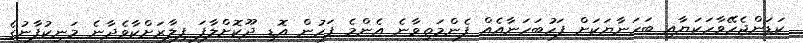
ކަޑަންޖެހޭވާހަކަޔާއި ބަހަނާޔަކަށް ފަހުބަހަނާއެއް ފެންމަތިވާނެ އެންމެ ފަހުން އޮޑި ދޫކޮށްލާފަ ފިލާރަށްކާވެދާނެ މަނިކުފާނުގެ